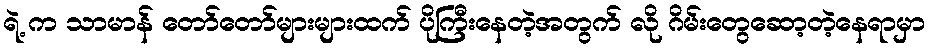
ရဲ့ က သာမာန် တော်တော်များများထက် ပိုကြီးနေတဲ့အတွက် လို ဂိမ်းတွေဆော့တဲ့နေရာမှာ